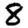
Digit: 8